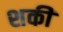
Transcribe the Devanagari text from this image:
शकी